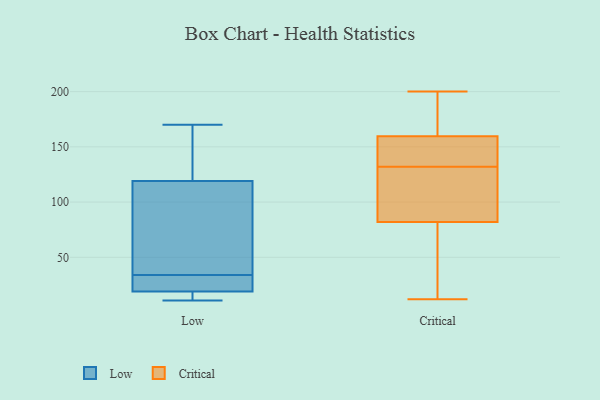
{"axis": {"x": "Energy Usage (MWh)", "y": "Value"}, "legend": ["Critical", "Low"], "data": [{"x": "", "y": 20, "type": "Low"}, {"x": "", "y": 27, "type": "Low"}, {"x": "", "y": 164, "type": "Low"}, {"x": "", "y": 119, "type": "Low"}, {"x": "", "y": 48, "type": "Low"}, {"x": "", "y": 11, "type": "Low"}, {"x": "", "y": 41, "type": "Low"}, {"x": "", "y": 170, "type": "Low"}, {"x": "", "y": 19, "type": "Low"}, {"x": "", "y": 14, "type": "Low"}, {"x": "", "y": 171, "type": "Critical"}, {"x": "", "y": 81, "type": "Critical"}, {"x": "", "y": 147, "type": "Critical"}, {"x": "", "y": 155, "type": "Critical"}, {"x": "", "y": 148, "type": "Critical"}, {"x": "", "y": 191, "type": "Critical"}, {"x": "", "y": 200, "type": "Critical"}, {"x": "", "y": 50, "type": "Critical"}, {"x": "", "y": 149, "type": "Critical"}, {"x": "", "y": 132, "type": "Critical"}, {"x": "", "y": 85, "type": "Critical"}, {"x": "", "y": 161, "type": "Critical"}, {"x": "", "y": 12, "type": "Critical"}, {"x": "", "y": 103, "type": "Critical"}, {"x": "", "y": 43, "type": "Critical"}, {"x": "", "y": 122, "type": "Critical"}, {"x": "", "y": 61, "type": "Critical"}, {"x": "", "y": 168, "type": "Critical"}, {"x": "", "y": 100, "type": "Critical"}]}